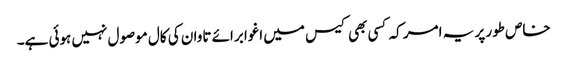
خاص طور پر یہ امر کہ کسی بھی کیس میں اغوا برائے تاوان کی کال موصول نہیں ہوئی ہے۔